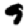
Digit: 9